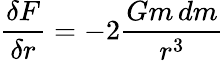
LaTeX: {\frac{\delta F}{\delta r}}=-2{\frac{Gm\, dm}{r^{3}}}